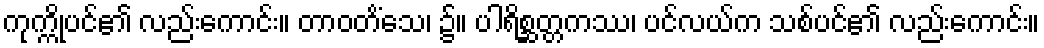
ကုက္ကိုပင်၏ လည်းကောင်း။ တာဝတိံသေ၊ ၌။ ပါရိစ္ဆတ္တကဿ၊ ပင်လယ်က သစ်ပင်၏ လည်းကောင်း။